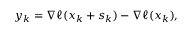
y _ { k } = \nabla \ell ( x _ { k } + s _ { k } ) - \nabla \ell ( x _ { k } ) ,